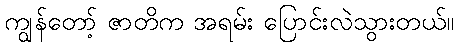
ကျွန်တော့် ဇာတိက အရမ်း ပြောင်းလဲသွားတယ်။